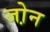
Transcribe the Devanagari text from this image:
जो़न